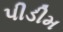
પીડીમ